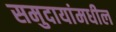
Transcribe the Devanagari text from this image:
समुदायांमधील